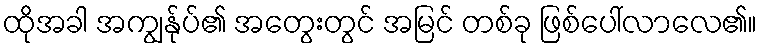
ထိုအခါ အကျွန်ုပ်၏ အတွေးတွင် အမြင် တစ်ခု ဖြစ်ပေါ်လာလေ၏။